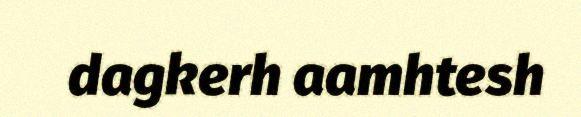
dagkerh aamhtesh